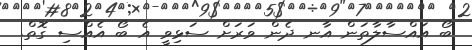
ބޯ އައްސާލާތަން އާނ ދެން ވަރަށް ސަޅިވީ އެ ބޯ އެއްސި ގޮތް.